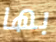
بها